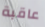
عاقبة